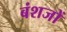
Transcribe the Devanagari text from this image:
बंशजों